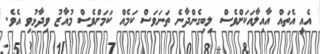
އެއީ އެތައް އާއިލާއަކަށްވެސް ލިބިގެންދާނެ ތަނަވަސް ކަމެއް ކަމަށްވެސް މުއާޒު ވިދާޅުވި އެވެ.